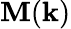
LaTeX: \mathbf{M}(\mathbf{k})